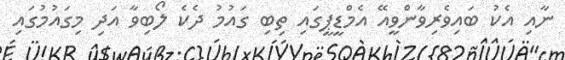
ނާއި އެކު ބައިވެރިވާންވީއޭ އެމްޑީޕީގައި ތިބި ގައުމު ދެކެ ލޯބިވާ އަދި މިގައުމުގައި